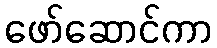
ဖော်ဆောင်ကာ